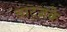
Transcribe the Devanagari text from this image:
वाट्ज़के